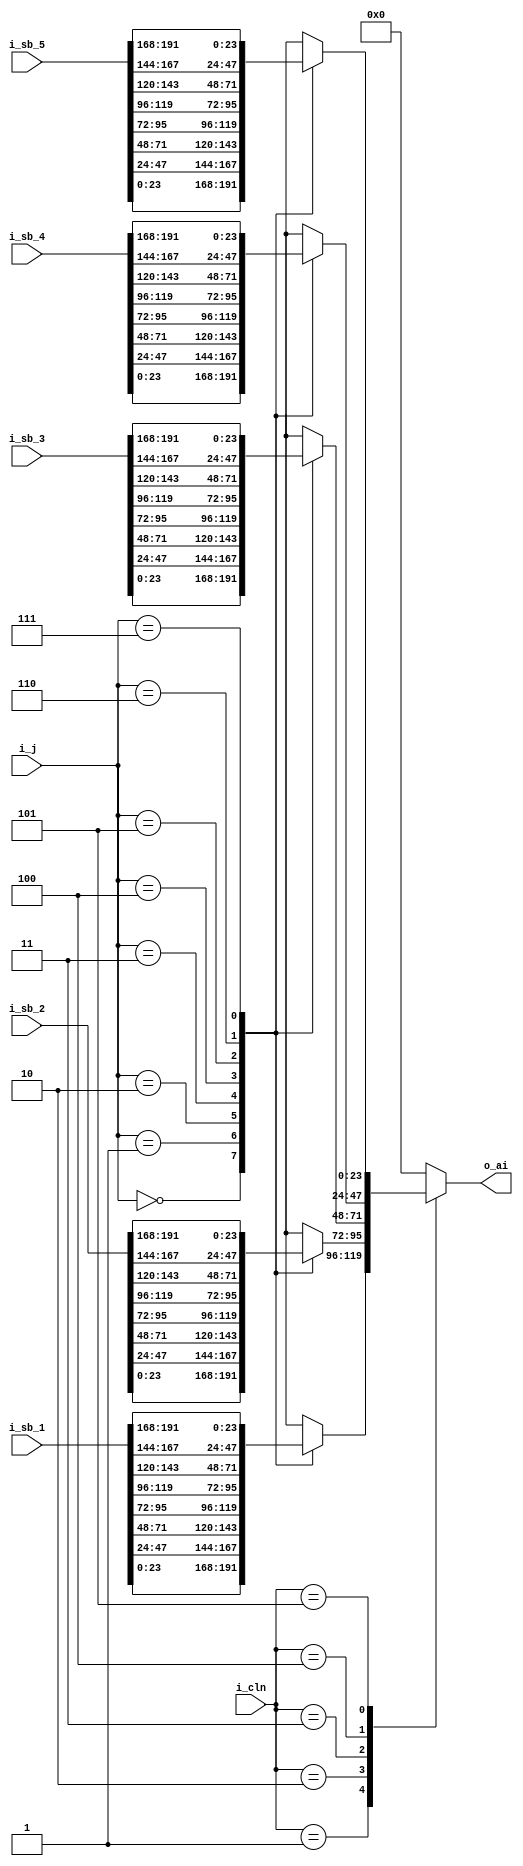
module intercpu_sb_mux(i_cln, i_j, i_sb_1, i_sb_2, 
`ifndef CRAY_XMP_1 
								i_sb_3, 
`ifndef CRAY_XMP_2 
								i_sb_4,
`ifndef CRAY_XMP_3 
								i_sb_5,
`endif // not CRAY_XMP_3
`endif // not CRAY_XMP_2
`endif // not CRAY_XMP_1
								o_ai);

input wire [2:0] i_cln;
input wire [2:0] i_j;
input wire [191:0] i_sb_1, i_sb_2;
`ifndef CRAY_XMP_1 
input wire [191:0] i_sb_3;
`ifndef CRAY_XMP_2 
input wire [191:0] i_sb_4;
`ifndef CRAY_XMP_3 
input wire [191:0] i_sb_5;
`endif // not CRAY_XMP_3
`endif // not CRAY_XMP_2
`endif // not CRAY_XMP_1

output reg [23:0] o_ai;

always@*
   begin
	   case(i_cln)
			3'h0:o_ai = 24'b0;
			3'h1:case(i_j[2:0])
			        3'h0:o_ai = i_sb_1[23:0];
					  3'h1:o_ai = i_sb_1[47:24];
					  3'h2:o_ai = i_sb_1[71:48];
					  3'h3:o_ai = i_sb_1[95:72];
					  3'h4:o_ai = i_sb_1[119:96];
					  3'h5:o_ai = i_sb_1[143:120];
					  3'h6:o_ai = i_sb_1[167:144];
					  3'h7:o_ai = i_sb_1[191:168];
			     endcase 
			3'h2:case(i_j[2:0])
			        3'h0:o_ai = i_sb_2[23:0];
					  3'h1:o_ai = i_sb_2[47:24];
					  3'h2:o_ai = i_sb_2[71:48];
					  3'h3:o_ai = i_sb_2[95:72];
					  3'h4:o_ai = i_sb_2[119:96];
					  3'h5:o_ai = i_sb_2[143:120];
					  3'h6:o_ai = i_sb_2[167:144];
					  3'h7:o_ai = i_sb_2[191:168];
			     endcase 
`ifndef CRAY_XMP_1 
			3'h3:case(i_j[2:0])
			        3'h0:o_ai = i_sb_3[23:0];
					  3'h1:o_ai = i_sb_3[47:24];
					  3'h2:o_ai = i_sb_3[71:48];
					  3'h3:o_ai = i_sb_3[95:72];
					  3'h4:o_ai = i_sb_3[119:96];
					  3'h5:o_ai = i_sb_3[143:120];
					  3'h6:o_ai = i_sb_3[167:144];
					  3'h7:o_ai = i_sb_3[191:168];
			     endcase 
`ifndef CRAY_XMP_2 
			3'h4:case(i_j[2:0])
			        3'h0:o_ai = i_sb_4[23:0];
					  3'h1:o_ai = i_sb_4[47:24];
					  3'h2:o_ai = i_sb_4[71:48];
					  3'h3:o_ai = i_sb_4[95:72];
					  3'h4:o_ai = i_sb_4[119:96];
					  3'h5:o_ai = i_sb_4[143:120];
					  3'h6:o_ai = i_sb_4[167:144];
					  3'h7:o_ai = i_sb_4[191:168];
			     endcase 
`ifndef CRAY_XMP_3 
			3'h5:case(i_j[2:0])
			        3'h0:o_ai = i_sb_5[23:0];
					  3'h1:o_ai = i_sb_5[47:24];
					  3'h2:o_ai = i_sb_5[71:48];
					  3'h3:o_ai = i_sb_5[95:72];
					  3'h4:o_ai = i_sb_5[119:96];
					  3'h5:o_ai = i_sb_5[143:120];
					  3'h6:o_ai = i_sb_5[167:144];
					  3'h7:o_ai = i_sb_5[191:168];
			     endcase 
`endif // not CRAY_XMP_3
`endif // not CRAY_XMP_2
`endif // not CRAY_XMP_1
			default:o_ai = 24'b0;
		endcase
	end

endmodule